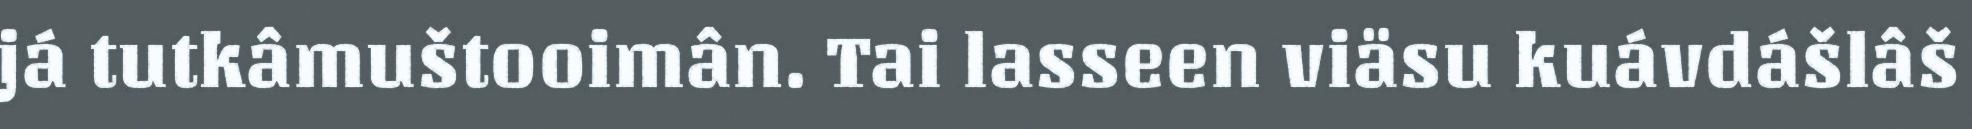
já tutkâmuštooimân. Tai lasseen viäsu kuávdášlâš